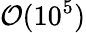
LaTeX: \mathcal{O}(10^{5})